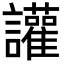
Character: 讙